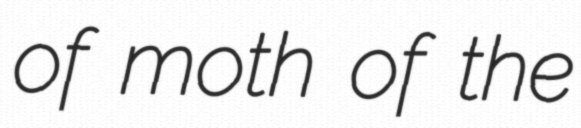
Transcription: of moth of the